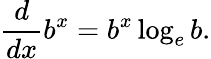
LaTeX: {\frac{d}{dx}}b^{x}=b^{x}\log_{e}b.